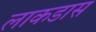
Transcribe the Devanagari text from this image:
लाकडास